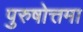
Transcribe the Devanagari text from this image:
पुरुषोत्तमा